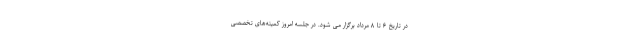
در تاریخ ۶ تا ۸ مرداد برگزار می شود. در جلسه امروز کمیته‌های تخصصی